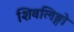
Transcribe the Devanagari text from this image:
शिवलिङ्गो